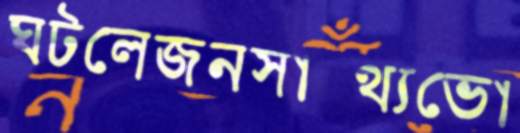
ঘটলেজনস্বাস্থ্যভো